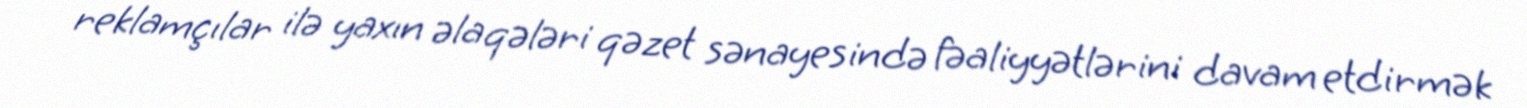
reklamçılar ilə yaxın əlaqələri qəzet sənayesində fəaliyyətlərini davam etdirmək